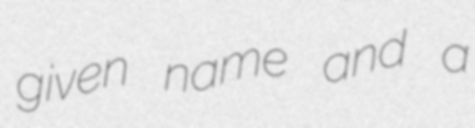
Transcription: given name and a